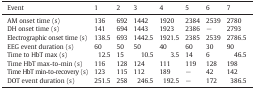
<table><thead><tr><td><b>Event</b></td><td><b>1</b></td><td><b>2</b></td><td><b>3</b></td><td><b>4</b></td><td><b>5</b></td><td><b>6</b></td><td><b>7</b></td></tr></thead><tbody><tr><td>AM onset time (s)</td><td>136</td><td>692</td><td>1442</td><td>1920</td><td>2384</td><td>2539</td><td>2780</td></tr><tr><td>DH onset time (s)</td><td>141</td><td>694</td><td>1443</td><td>1923</td><td>2386</td><td>−</td><td>2793</td></tr><tr><td>Electrographic onset time (s)</td><td>138.5</td><td>693</td><td>1442.5</td><td>1921.5</td><td>2385</td><td>2539</td><td>2786.5</td></tr><tr><td>EEG event duration (s)</td><td>60</td><td>50</td><td>50</td><td>40</td><td>60</td><td>30</td><td>90</td></tr><tr><td>Time to HbT max (s)</td><td>12.5</td><td>15</td><td>10.5</td><td>3.5</td><td>14</td><td>6</td><td>46.5</td></tr><tr><td>Time HbT max-to-min (s)</td><td>116</td><td>128</td><td>124</td><td>111</td><td>119</td><td>128</td><td>198</td></tr><tr><td>Time HbT min-to-recovery (s)</td><td>123</td><td>115</td><td>112</td><td>189</td><td>−</td><td>42</td><td>142</td></tr><tr><td>DOT event duration (s)</td><td>251.5</td><td>258</td><td>246.5</td><td>192.5</td><td>−</td><td>172</td><td>386.5</td></tr></tbody></table>